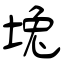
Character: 堍